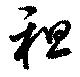
租